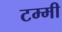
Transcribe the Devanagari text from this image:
टम्मी